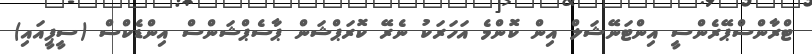
ޓްރާންސްޕޭރެންސީ އިންޓަނޭޝަލް އިން ކޮންމެ އަހަރަކު ނެރޭ ކޮރަޕްޝަން ޕާސެޕްޝަންސް އިންޑެކްސް (ސީޕީއައި)